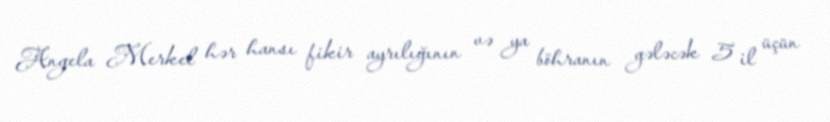
Angela Merkel hər hansı fikir ayrılığının və ya böhranın gələcək 5 il üçün